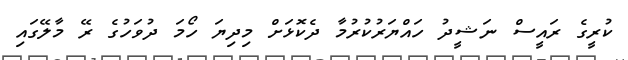
ކުރީގެ ރައީސް ނަޝީދު ހައްޔަރުކުރުމާ ދެކޮޅަށް މިދިޔަ ހޯމަ ދުވަހުގެ ރޭ މާލޭގައި